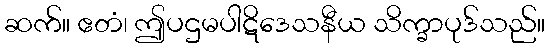
ဆက်။ ဧတံ၊ ဤပဌမပါဋိဒေသနီယ သိက္ခာပုဒ်သည်။